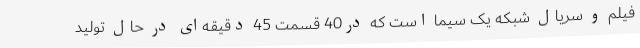
فیلم و سریال شبکه یک سیما است که در40 قسمت 45 دقیقه‌ای در حال تولید